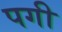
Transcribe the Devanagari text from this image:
पगी